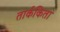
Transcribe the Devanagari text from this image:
तार्ककिता